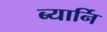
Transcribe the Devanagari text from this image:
ब्यार्नि